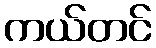
ကယ်တင်